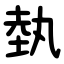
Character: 埶